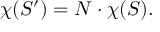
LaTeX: \chi ( S ^ { \prime } ) = N \cdot \chi ( S ) .